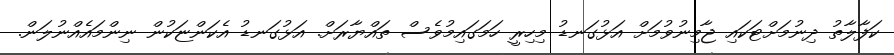
ކަފާލާތު ދިނުމަށްޓަކައި ޖާމިނުވުމަށް އަޅުގަނޑު މިހިރީ ހަމަގައިމުވެސް ތައްޔާރަށް. އަޅުގަނޑު އެކަންޏަކުން ނިންމައެއްނުލަން.